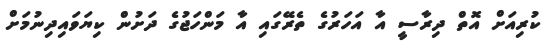
ކުރިއަށް އޮތް ދިރާސީ އާ އަހަރުގެ ތެރޭގައި އާ މަންހަޖުގެ ދަށުން ކިޔަވައިދިނުމަށް